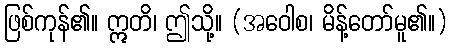
ဖြစ်ကုန်၏။ ဣတိ၊ ဤသို့။ (အဝေါစ၊ မိန့်တော်မူ၏။)